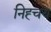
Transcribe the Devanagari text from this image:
निह्चय